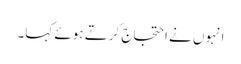
انہوں نے احتجاج کرتے ہوئے کہا۔